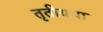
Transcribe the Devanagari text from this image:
तृतीयचा